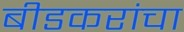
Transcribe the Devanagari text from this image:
बीडकरांचा